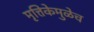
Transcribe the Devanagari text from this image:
मृत्तिकेमुळेच